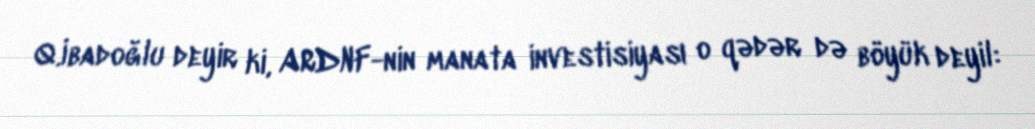
Q.İbadoğlu deyir ki, ARDNF-nin manata investisiyası o qədər də böyük deyil: